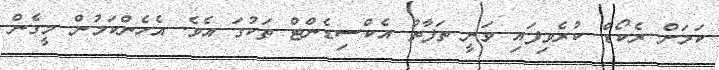
ކަމަށް ރެކޯޑް ކުރެވިފައި ވަނީ ތަފާތު އެކްސިޑެންޓް ތަކުގަ އެވެ. އެހެންކަމުން މީގެން